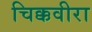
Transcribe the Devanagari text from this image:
चिक्कवीरा